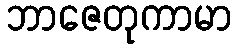
ဘာဇေတုကာမာ